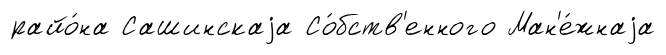
райо́на Сашинскаjа Со́бств'енного Ман'е́жнаjа